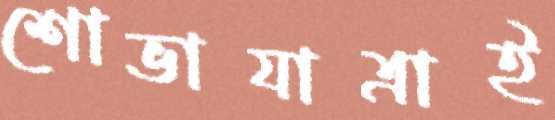
শোভাযাত্রাই